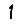
Digit: 1